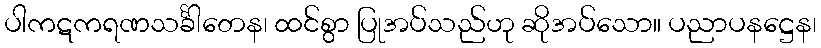
ပါကဋကရဏသင်္ခါတေန၊ ထင်စွာ ပြုအပ်သည်ဟု ဆိုအပ်သော။ ပညာပနဋ္ဌေန၊